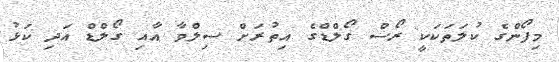
މިފޯންގެ ކުލަތަކަކީ ރޯސް ގޯލްޑްގެ އިތުރަށް ސިލްވާ އާއި ގޯލްޑް އަދި ކަޅު